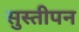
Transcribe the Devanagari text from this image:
सुस्तीपन